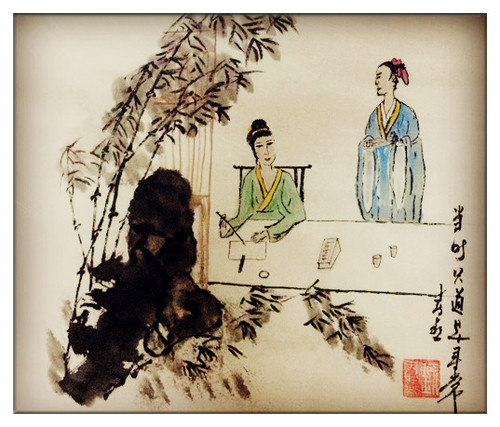
被酒莫惊春睡重，赌书消得泼茶香，当时只道是寻常。